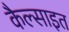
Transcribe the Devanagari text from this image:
कैल्साइत